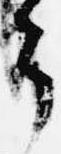
了